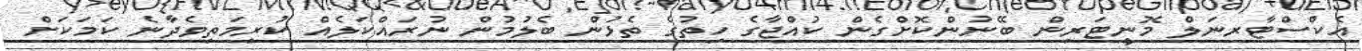
އެކްސްޓާރނަލް މޮނީޓަރިން ބޭނުންކޮށްގެން ކުއްޖާގެ ހިތުގެ ތެޅުން ބެލުމުން ނުރައްކަލެއް ކުރިމަތިވެދާނެ ކަމަކަށް